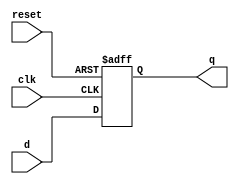
module d_flip_flop (
    input wire clk,       // Clock input
    input wire reset,     // Asynchronous reset
    input wire d,        // Data input
    output reg q         // Data output
);

// Always block sensitive to the rising edge of the clock and asynchronous reset
always @(posedge clk or posedge reset) begin
    if (reset) begin
        q <= 1'b0;       // Reset output to 0
    end else begin
        q <= d;         // Update output with data input
    end
end

endmodule